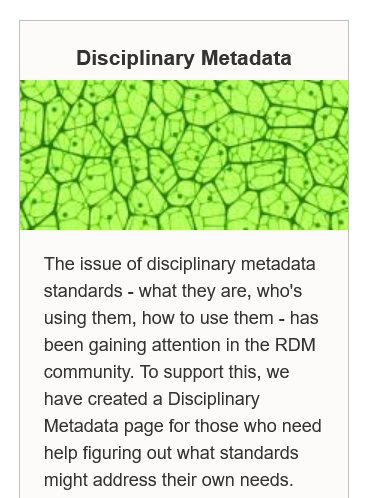
Disciplinary  Metadata
     The issue of disciplinary metadata
     standards
     -
     what they are, who's
     using them, how to use them
     -
     has
     been gaining attention in the RDM
     community. To support this, we
     have created a Disciplinary
     Metadata page for those who need
     help figuring out what standards
     might address their own needs.